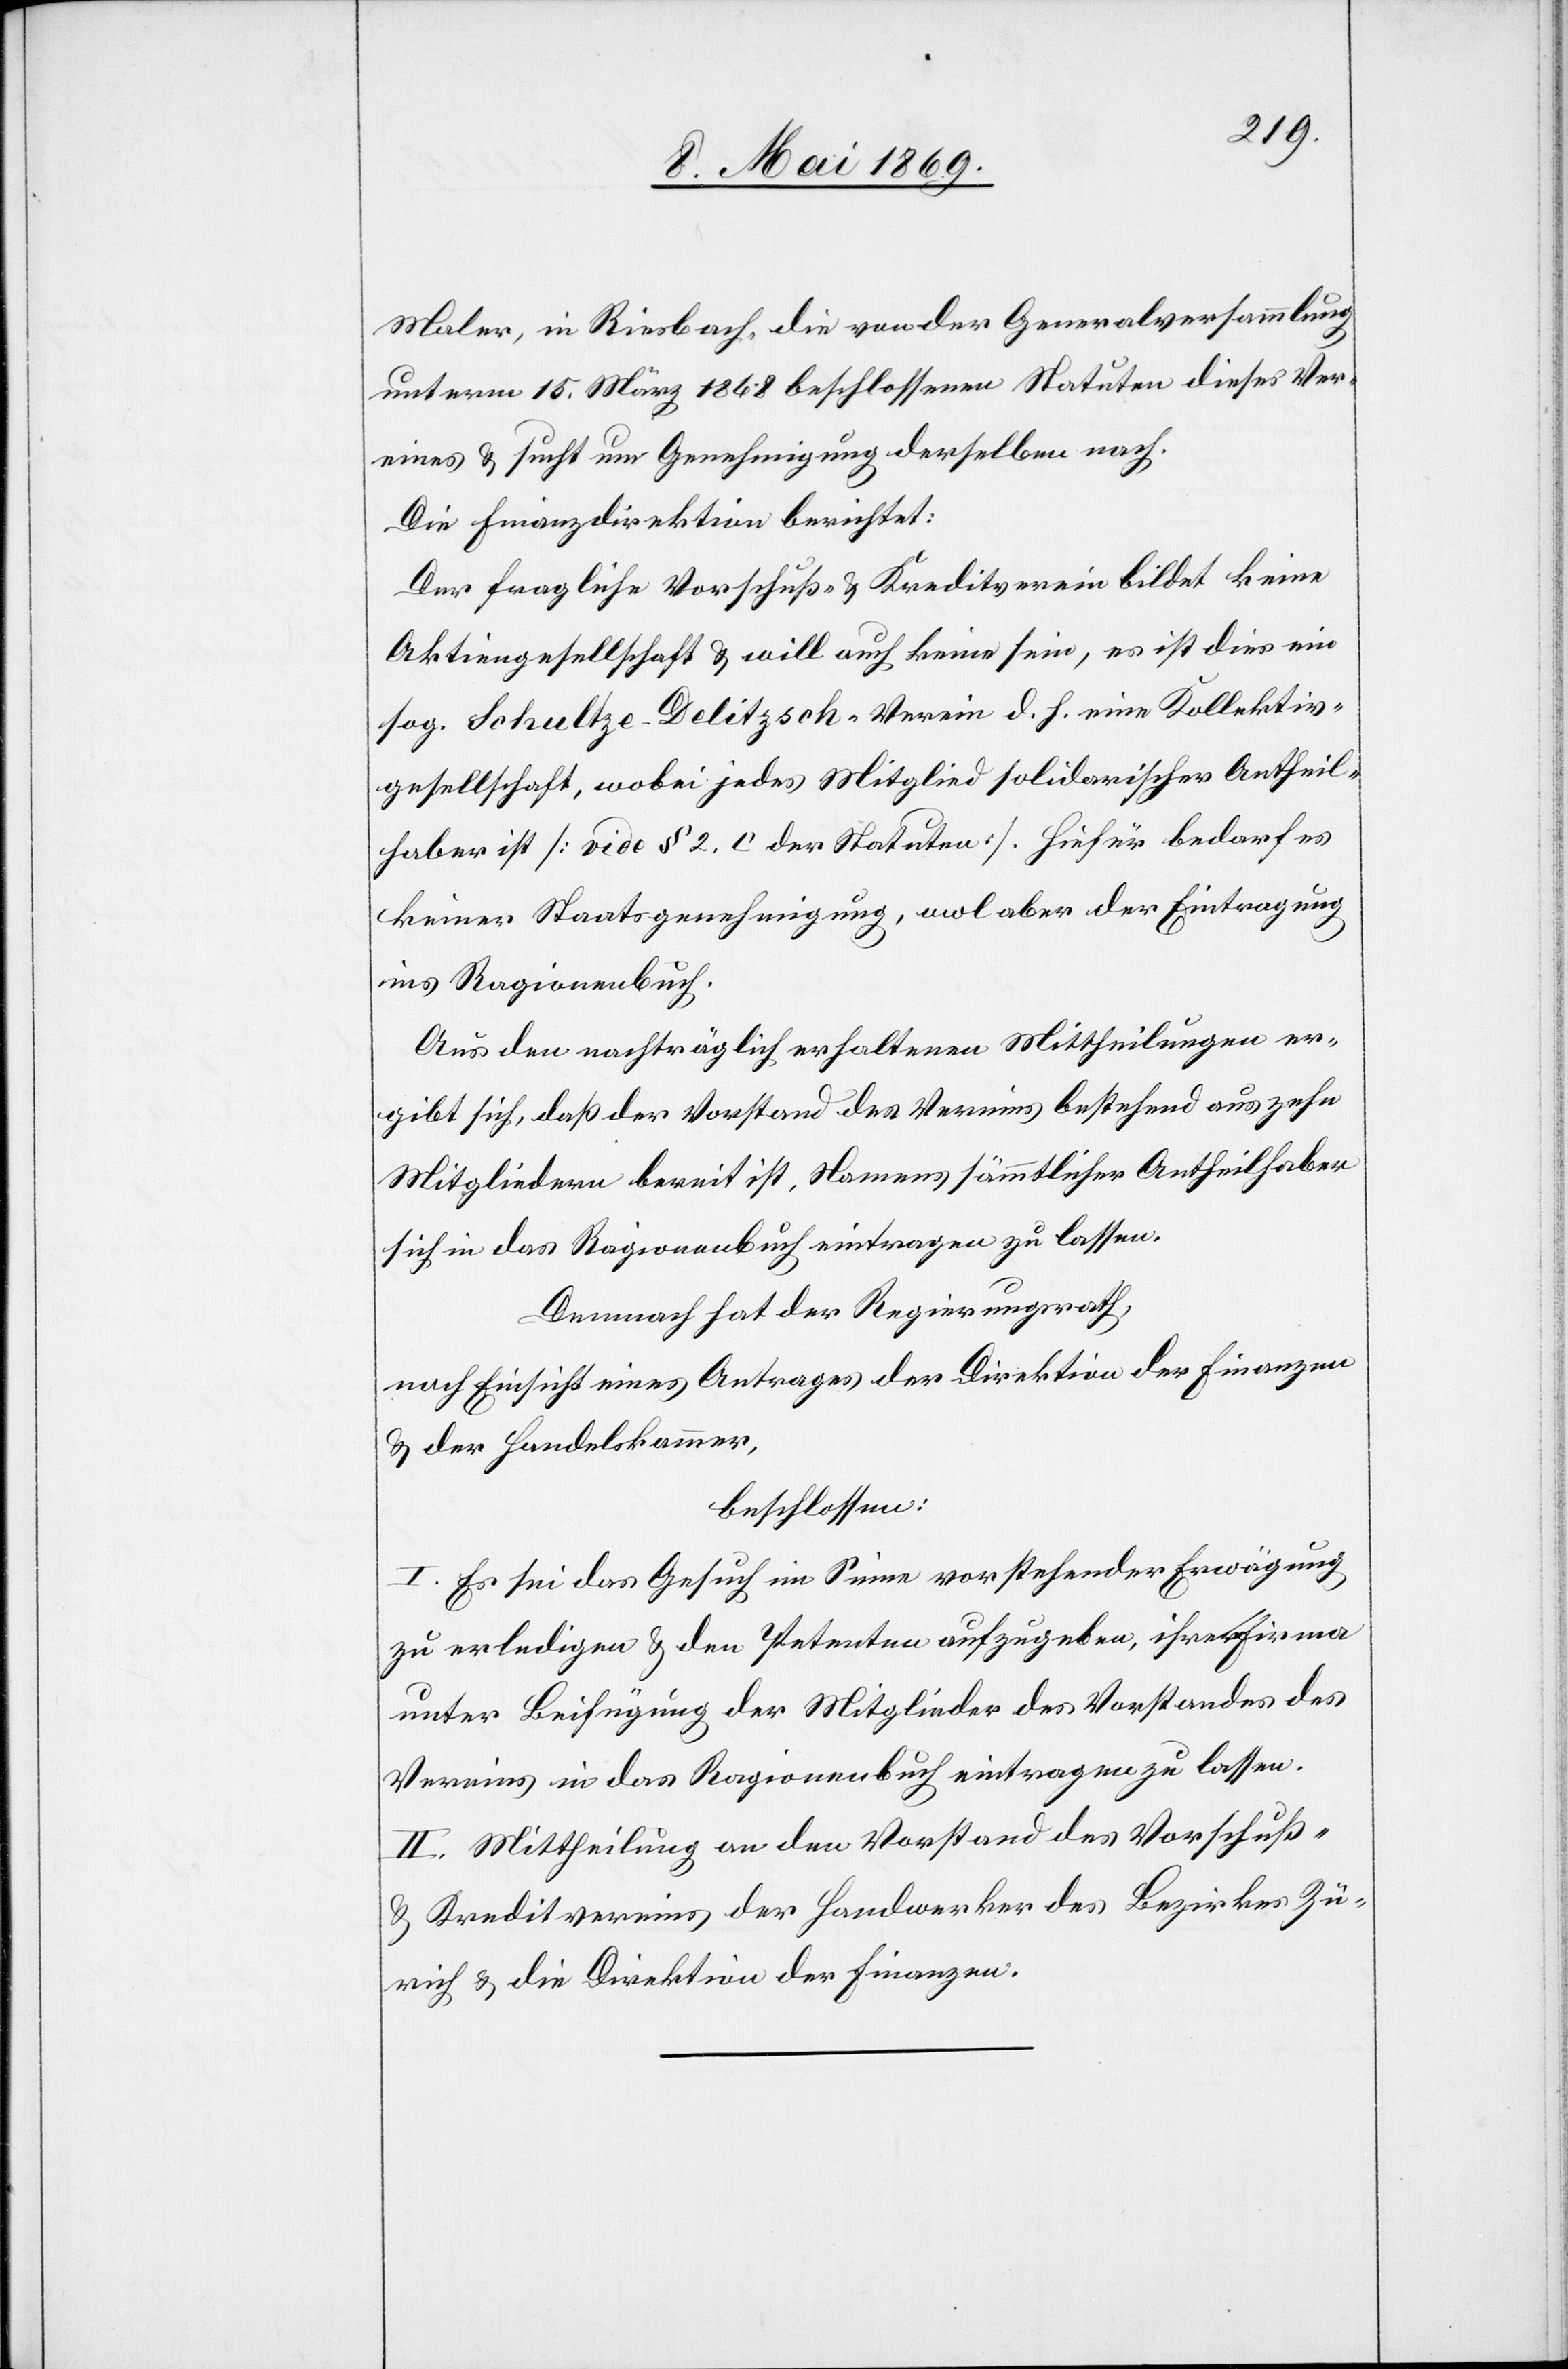
Maler, in Riesbach die von der Generalversammlung
unterm 15. März 1868 beschlossenen Statuten dieses Ver¬
eines u. sucht um Genehmigung desselben nach.
Die Finanzdirektion berichtet:
Der fragliche Vorschuß- u. Kreditverein bildet keine
Aktiengesellschaft u. will auch keine sein, es ist dies ein
sog. Schultze-Delitzsch-Verein d. h. eine Kollektiv¬
gesellschaft, wobei jedes Mitglied solidarischer Antheil¬
haber ist [vide § 2. c der Statuten]. Hiefür bedarf es
keiner Statutengenehmigung, wol aber der Eintragung
ins Ragionenbuch.
Aus den nachträglich erhaltenen Mittheilungen er¬
gibt sich, daß der Vorstand des Vereines bestehend aus zehn
Mitgliedern bereit ist, Namens sämmtlicher Antheilhaber
sich in das Ragionenbuch eintragen zu lassen.
Demnach hat der Regierungsrath,
nach Einsicht eines Antrages der Direktion der Finanzen
u. der Handelskammer,
beschlossen:
I. Es sei das Gesuch im Sinne vorstehender Erwägung
zu erledigen u. den Petenten aufzugeben, ihre Firma
unter Beifügung der Mitglieder des Vorstandes des
Vereines in das Ragionenbuch eintragen zu lassen.
II. Mittheilung an den Vorstand des Vorschuß-
u. Kreditvereins der Handwerker des Bezirkes Zü¬
rich u. die Direktion der Finanzen.